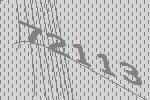
72113